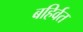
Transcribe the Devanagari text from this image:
बहिर्वत